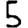
Digit: 5